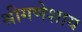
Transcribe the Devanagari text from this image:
श्रीगणेशाय